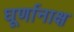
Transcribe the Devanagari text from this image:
घूर्णानाक्ष